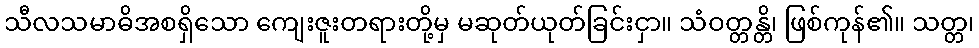
သီလသမာဓိအစရှိသော ကျေးဇူးတရားတို့မှ မဆုတ်ယုတ်ခြင်းငှာ။ သံဝတ္တန္တိ၊ ဖြစ်ကုန်၏။ သတ္တ၊